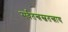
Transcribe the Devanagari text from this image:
सर्वतन्त्रस्वतन्त्राय